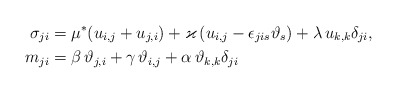
\begin{align*}{\sigma}_{ji} &=\mu^*( u_{i,j}+u_{j,i})+\varkappa\, (u_{i,j}-\epsilon_{jis}\vartheta_s)+\lambda \, u_{k,k}\delta_{ji},\\*m _{ji}&=\beta\, \vartheta_{j,i}+\gamma\,\vartheta_{i,j}+ \alpha \, \vartheta_{k,k}\delta_{ji} \, \end{align*}